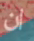
ان